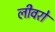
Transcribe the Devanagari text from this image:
लीवरो